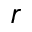
r